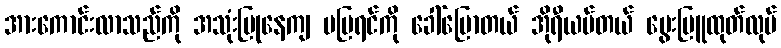
အားကောင်းလာသည်ကို အသုံးပြုနေကျ မမြရင်ကို ခေါ်ပြောတယ် အိုရီယမ်တယ် မွေးမြူထုတ်လုပ်